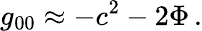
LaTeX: g_{00}\approx-c^{2}-2\Phi\, .